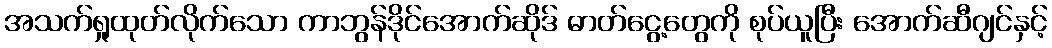
အသက်ရှုထုတ်လိုက်သော ကာဘွန်ဒိုင်အောက်ဆိုဒ် ဓာတ်ငွေ့တွေကို စုပ်ယူပြီး အောက်ဆီဂျင်နှင့်